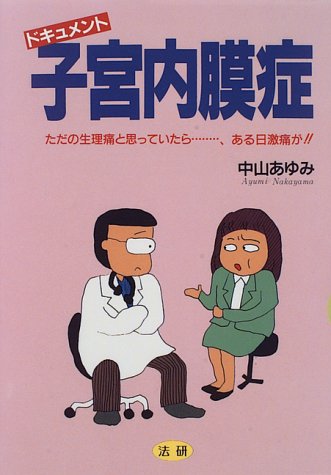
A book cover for Document endometriosis - and I thought of menstrual cramps ... just, severe pain one day! (1996) ISBN: 4879541400 [Japanese Import]; Health, Fitness & Dieting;